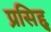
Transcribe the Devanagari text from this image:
प्रसिद्द्